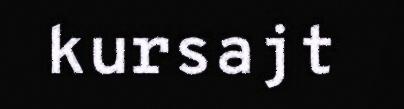
kursajt